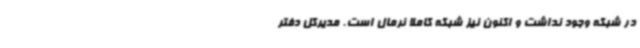
در شبکه وجود نداشت و اکنون نیز شبکه کاملا نرمال است. مدیرکل دفتر